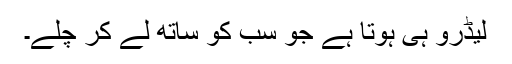
لیڈرو ہی ہوتا ہے جو سب کو ساتھ لے کر چلے۔